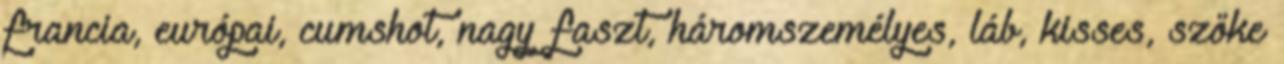
francia, európai, cumshot, nagy faszt, háromszemélyes, láb, kisses, szőke